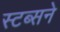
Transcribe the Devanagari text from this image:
स्टब्सने